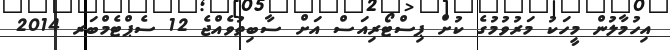
އިހުމާލުން މީހަކު މަރުވުމުގެ ކުށް ޕިސްޓޯރިއަސް އަށް ސާބިތުވެއްޖެ 12 ސެޕްޓެމްބަރ 2014